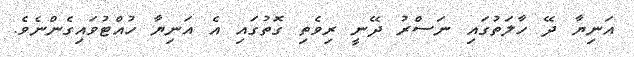
އަނިޔާ ދޭ ހާލަތުގައި ނަސްރު ދޭނީ ރިވެތި ގޮތުގައި އެ އަނިޔާ ހުއްޓުވައިގެންނެވެ.